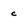
Character: c